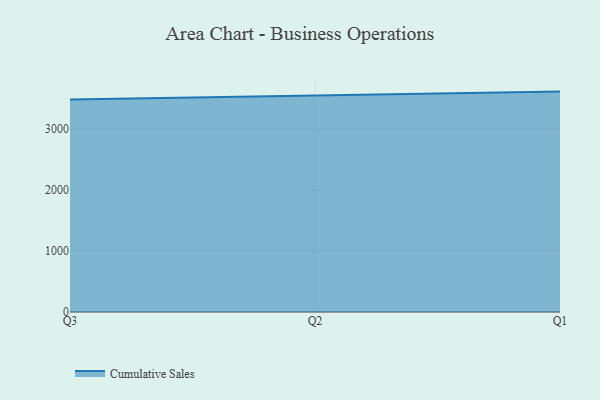
{"axis": {"x": "Quarter", "y": "Churn Rate (%)"}, "legend": ["Cumulative Sales"], "data": [{"x": "Q3", "y": 3486.1, "type": "Cumulative Sales"}, {"x": "Q2", "y": 3557.7, "type": "Cumulative Sales"}, {"x": "Q1", "y": 3617.4, "type": "Cumulative Sales"}]}